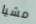
مشيا